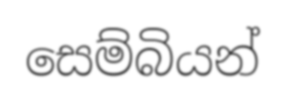
සෙම්බියන්